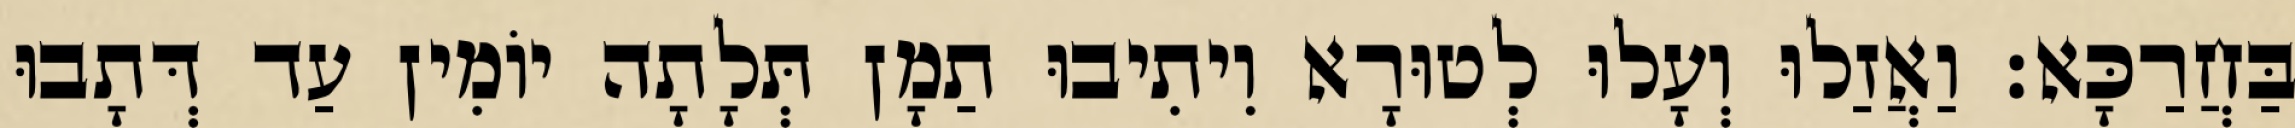
בַּחֲרַכָּא׃ וַאֲזַלוּ וְעָלוּ לְטוּרָא וִיתִיבוּ תַמָן תְּלָתָה יוֹמִין עַד דְּתָבוּ